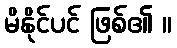
မိနိုင်ပင် ဖြစ်၏ ။